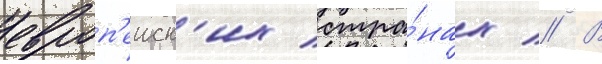
европ'еиск'их стра́нах // В